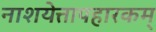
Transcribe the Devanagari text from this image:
नाशयेत्तापहारकम्